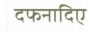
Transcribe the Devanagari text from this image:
दफनादिए